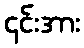
၎င်းအား